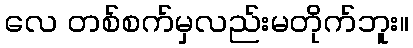
လေ တစ်စက်မှလည်းမတိုက်ဘူး။